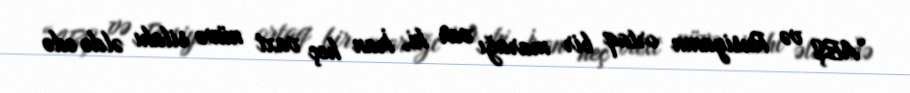
“ABŞ və Rusiyanın ortaq bir marağı var ki, İran heç vaxt nüvə silahı əldə edə